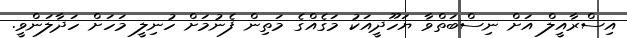
އިސްރާއީލް އަށް ނިސްބަތްވާ ޔަހޫދީއަކު މަގެއްގެ މަތިން ފެނުމަށް ހުނިލީ މަހަށް ހަދާލަންވީ.